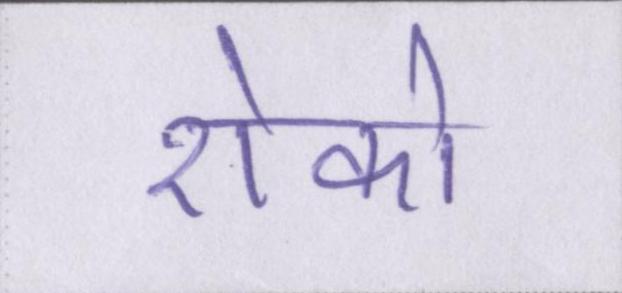
रोको